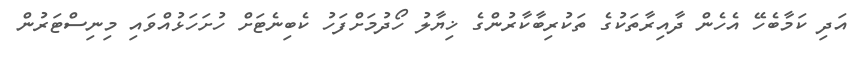
އަދި ކަމާބެހޭ އެހެން ދާއިރާތަކުގެ ތަކުރިބާކާރުންގެ ޚިޔާލު ހޯދުމަށްފަހު ކެބިނެޓަށް ހުށަހަޅުއްވައި މިނިސްޓަރުން